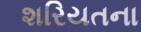
શરિયતના